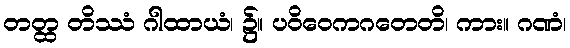
တတ္ထ တိဿံ ဂါထာယံ၊ ၌။ ပဝိဝေကဂတေတိ၊ ကား။ ဂဏံ၊